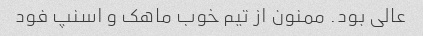
عالی بود. ممنون از تیم خوب ماهک و اسنپ فود